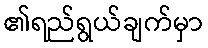
၏ရည်ရွယ်ချက်မှာ